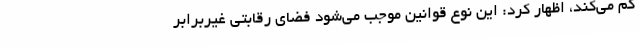
کم می‌کند، اظهار کرد: این نوع قوانین موجب می‌شود فضای رقابتی غیربرابر